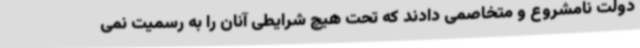
دولت نامشروع و متخاصمی دادند که تحت هیچ شرایطی آنان را به رسمیت نمی